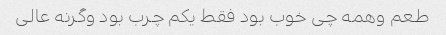
طعم وهمه چی خوب بود فقط یکم چرب بود وگرنه عالی